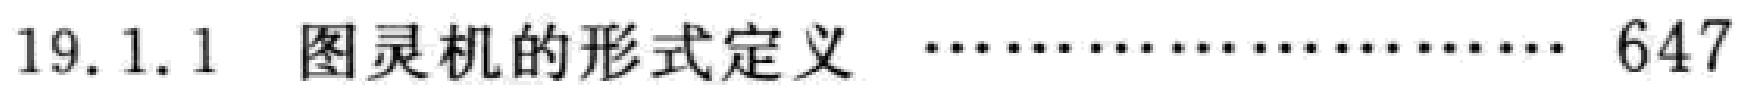
19.1.1 图灵机的形式定义 \dots \dots \dots \dots \dots \dots \dots \dots \dots \dots 647